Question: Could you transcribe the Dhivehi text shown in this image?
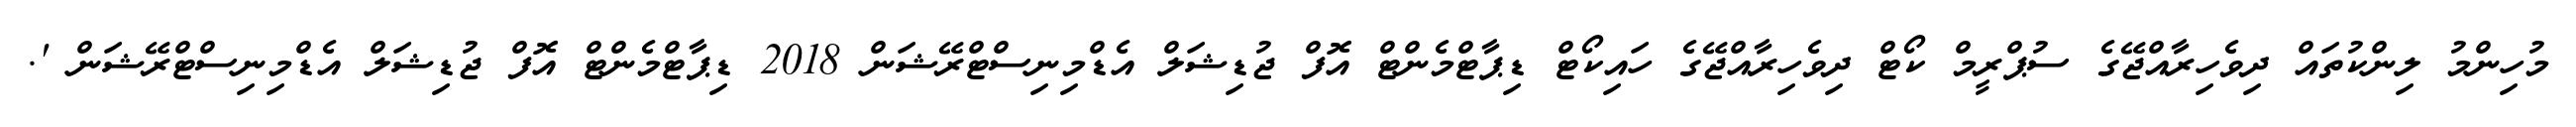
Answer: މުހިންމު ލިންކުތައް ދިވެހިރާއްޖޭގެ ސުޕްރީމް ކޯޓް ދިވެހިރާއްޖޭގެ ހައިކޯޓް ޑިޕާޓްމެންޓް އޮފް ޖުޑިޝަލް އެޑްމިނިސްޓްރޭޝަން 2018 ޑިޕާޓްމެންޓް އޮފް ޖުޑިޝަލް އެޑްމިނިސްޓްރޭޝަން '.